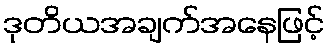
ဒုတိယအချက်အနေဖြင့်